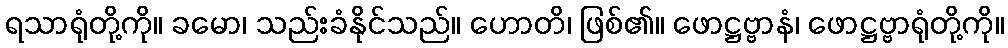
ရသာရုံတို့ကို။ ခမော၊ သည်းခံနိုင်သည်။ ဟောတိ၊ ဖြစ်၏။ ဖောဋ္ဌဗ္ဗာနံ၊ ဖောဋ္ဌဗ္ဗာရုံတို့ကို။